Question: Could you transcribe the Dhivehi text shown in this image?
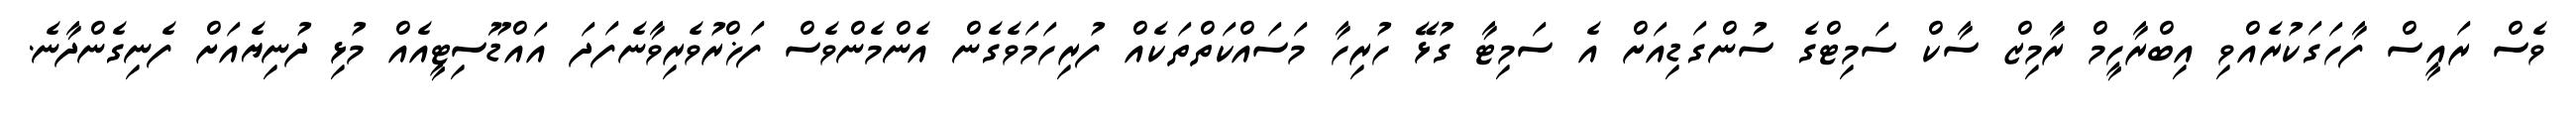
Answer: ވެސް ރައީސް ފާހަގަކުރެއްވި އިބްރާހީމް ރާމިޒް ސާކް ސަމިޓްގެ ސުންގަޑިއަށް އެ ސަމިޓާ ގުޅޭ ހުރިހާ މަސައްކަތްތަކެއް ފުރިހަމަވެގެން އެންމެންވެސް ފަޚްރުވެރިވާނެފަދަ އައްޑޫސިޓީއެއް މުޅި ދުނިޔެއަށް ފެނިގެންދާނެ.